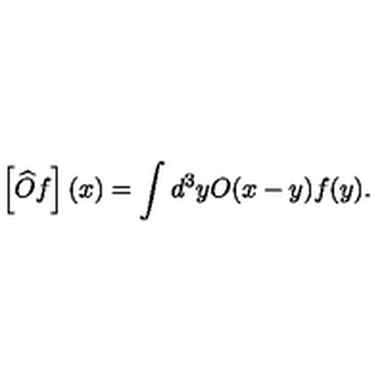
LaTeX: \left[ \widehat { O } f \right] ( x ) = \int d ^ { 3 } y O ( x - y ) f ( y ) .